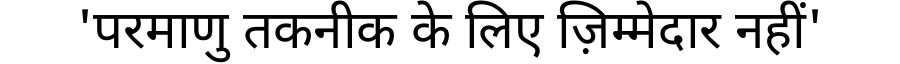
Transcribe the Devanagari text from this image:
'परमाणु तकनीक के लिए ज़िम्मेदार नहीं'